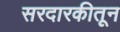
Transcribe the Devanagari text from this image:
सरदारकीतून